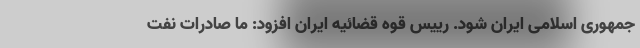
جمهوری اسلامی ایران شود. رییس قوه قضائیه ایران افزود: ما صادرات نفت